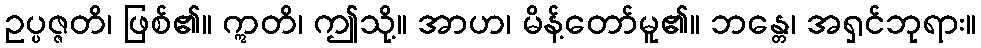
ဥပ္ပဇ္ဇတိ၊ ဖြစ်၏။ ဣတိ၊ ဤသို့။ အာဟ၊ မိန့်တော်မူ၏။ ဘန္တေ၊ အရှင်ဘုရား။